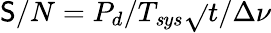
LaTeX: \mathsf{S}/N=P_{d}/T_{\mathit{s}ys}\sqrt{}{{t/\Delta\nu}}